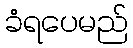
ခံရပေမည်